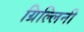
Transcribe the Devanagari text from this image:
ग्रिल्लिनी